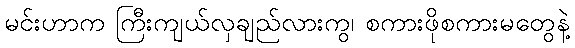
မင်းဟာက ကြီးကျယ်လှချည်လားကွ၊ စကားဖိုစကားမတွေနဲ့